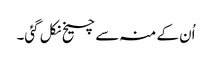
اُن کے منہ سے چیخ نکل گئی۔